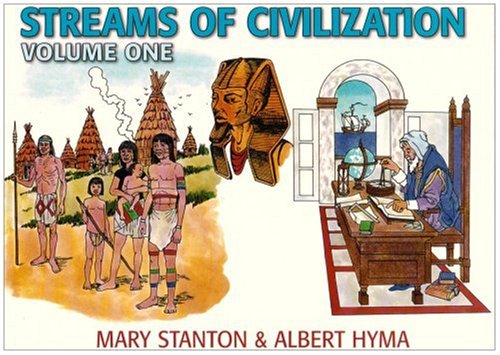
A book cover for Streams of Civilization: Earliest Times to the Discovery of the New World (Vol 1) (79555); Mary Stanton; Christian Books & Bibles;